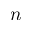
\boldsymbol { n }